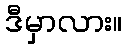
ဒီမှာလား။